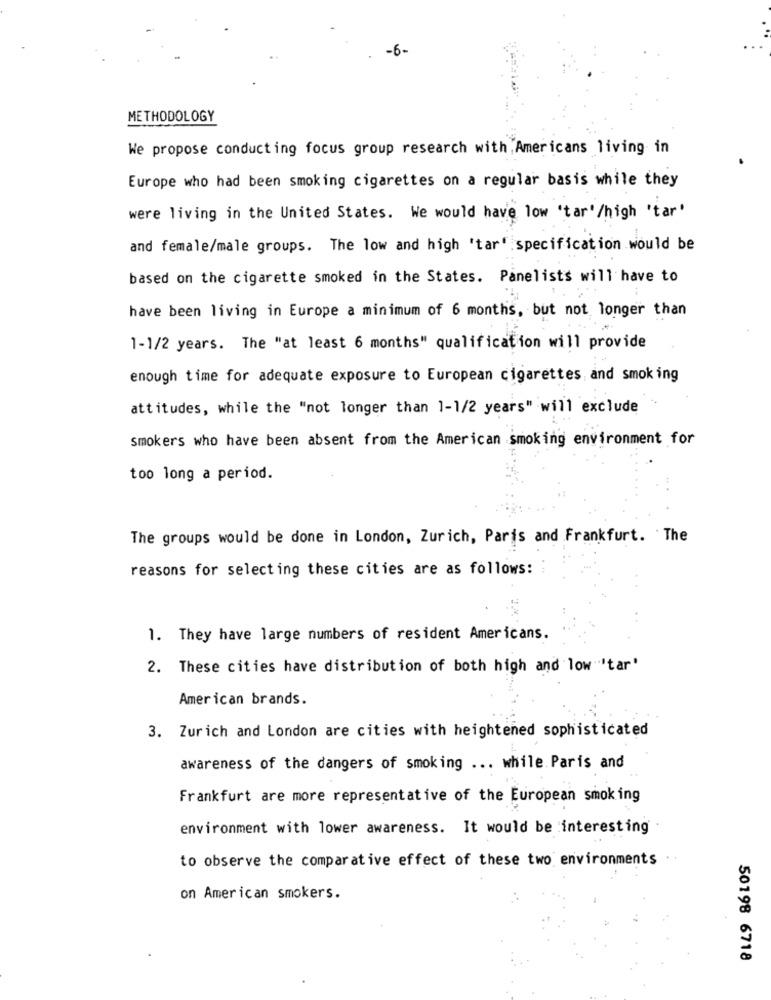
-6-
METHODOLOGY
We propose conducting focus group research with, Americans living in
Europe who had been smoking cigarettes on a regular basis while they
were living in the United States. We would have low 'tar'/high 'tar'
and female/male groups. The low and high 'tar' specification would be
based on the cigarette smoked in the States. Panelists will have to
have been living in Europe a minimum of 6 months, but not longer than
1-1/2 years. The "at least 6 months" qualification will provide
enough time for adequate exposure to European cigarettes, and smoking
attitudes, while the "not longer than 1-1/2 years" will exclude
smokers who have been absent from the American smoking environment for
too long a period.
The groups would be done in London, Zurich, Paris and Frankfurt. The
reasons for selecting these cities are as follows:
1. They have large numbers of resident Americans.
2. These cities have distribution of both high and low 'tar'
American brands.
3. Zurich and London are cities with heightened sophisticated
awareness of the dangers of smoking ... while Paris and
Frankfurt are more representative of the European smoking
environment with lower awareness. It would be interesting
to observe the comparative effect of these two environments ..
on American smokers.
50198 6718